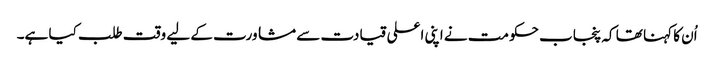
اُن کا کہنا تھا کہ پنجاب حکومت نے اپنی اعلی قیادت سے مشاورت کے لیے وقت طلب کیا ہے۔